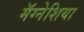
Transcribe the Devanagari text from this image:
मॅग्नेशिया